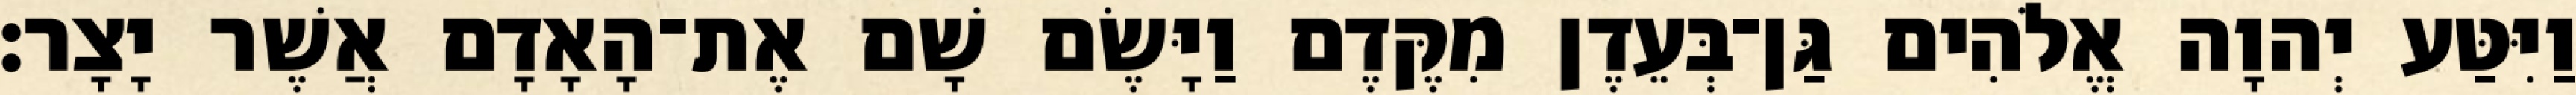
וַיִּטַּע יְהוָה אֱלֹהִים גַּן־בְּעֵדֶן מִקֶּדֶם וַיָּשֶׂם שָׁם אֶת־הָאָדָם אֲשֶׁר יָצָר׃